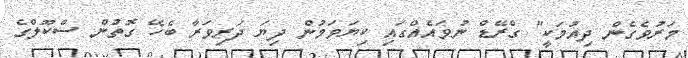
މަރުވެގެން ދިއުމަކީ" ގްރޭޑް ނުވައެއްގައި ކިޔަވަމުން ދިޔަ ދަރިވަރާ ބެހޭ ގޮތުން ސްކޫލްގެ